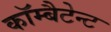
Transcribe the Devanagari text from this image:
कॉम्बैटेन्ट